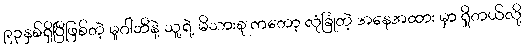
၉၃နှစ်ရှိပြီဖြစ်တဲ့ မူဂါဘီနဲ့ သူ့ရဲ့ မိသားစု ကတော့ လုံခြုံတဲ့ အနေအထား မှာ ရှိတယ်လို့